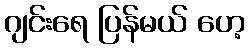
ဂျင်းရေ ပြန်မယ် ဟေ့